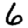
Digit: 6